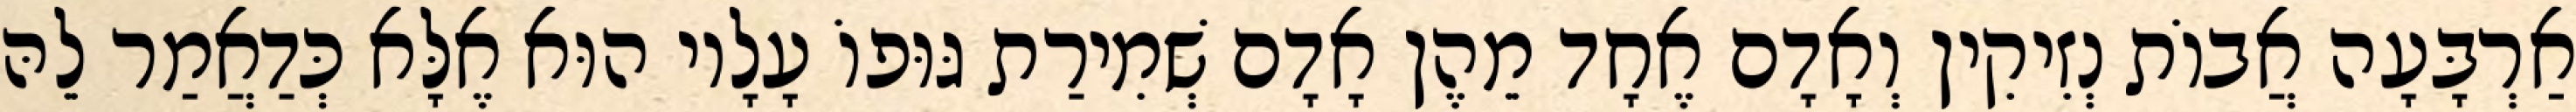
אַרְבָּעָה אֲבוֹת נְזִיקִין וְאָדָם אֶחָד מֵהֶן אָדָם שְׁמִירַת גּוּפוֹ עָלָיו הוּא אֶלָּא כְּדַאֲמַר לֵהּ